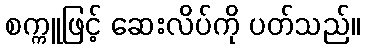
စက္ကူဖြင့် ဆေးလိပ်ကို ပတ်သည်။